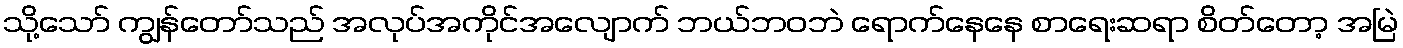
သို့သော် ကျွန်တော်သည် အလုပ်အကိုင်အလျောက် ဘယ်ဘဝဘဲ ရောက်နေနေ စာရေးဆရာ စိတ်တော့ အမြဲ